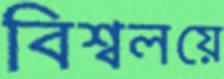
বিশ্বলয়ে